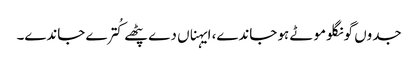
جدوں گونگلو موٹے ہو جاندے، ایہناں دے پٹھے کُترے جاندے۔